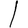
Digit: 1